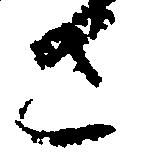
さ